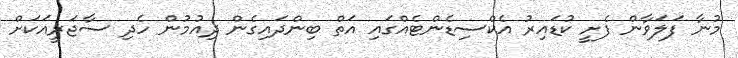
މުނާ ފަލަވާން ފެށީ ކުޑައިރު އެކްސިޑެންޓެއްގައި އަތް ބިންދައިގެން ދިއުމުން ހެދި ސާޖަރީއަކަށް